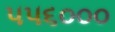
૫૫૬૦૦૦